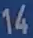
14